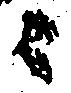
ニ